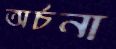
অর্চনা